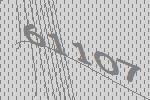
61107